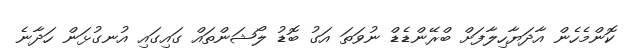
ކޮންމެހެން އާދަޔާހިލާފަށް ބްރޭންޑެޑް ނުވަތަ އަގު ބޮޑު ލޯޝަންތައް ގައިގައި އުނގުޅަން ހަދާނެ